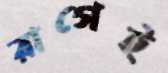
রাগেই